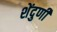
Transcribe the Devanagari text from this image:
शेंदुणी